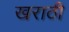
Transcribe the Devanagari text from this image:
खराठी